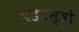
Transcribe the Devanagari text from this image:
षडयन्त्रो